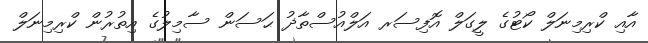
އާއި ކްރިމިނަލް ކޯޓުގެ ލީގަލް އޮފިސަރ އަލްއުސްތާޛު ޙަސަން ސާމިލުގެ އިތުރުން ކްރިމިނަލް